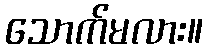
သောက်မလား။